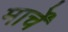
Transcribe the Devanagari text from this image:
मार्चें